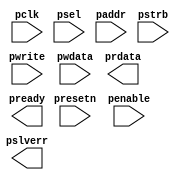
//==========================================================================================================================
//  @File Name  :  /home/haoran/.vim/temp/verilog_temp.v
//  @File Type  :  verilog
//  @Author     :  Howard
//  @E-mail     :  qinfen1127@163.com
//  @Date       :  2024-05-30
//  @Function   :  
//==========================================================================================================================

//---------------------------------------------------------------------------------------------------------------------
// APB4 Slave interface
//---------------------------------------------------------------------------------------------------------------------
module apb4_slave #(
  parameter ADDRWIDTH = 12
)(
  input  wire                    pclk      , // pclk
  input  wire                    presetn   , // reset

  input  wire                    psel      , // apb4 slave select
  input  wire [ADDRWIDTH-1:0]    paddr     , // apb4 address
  input  wire                    penable   , // apb4 enable
  input  wire                    pwrite    , // apb4 1-write  0-read
  input  wire [31:0]             pwdata    , // apb4 write data
  input  wire [3:0]              pstrb     , // apb4 write data byte enable

  output reg [31:0]              prdata    , // apb4 read data
  output reg                     pready    , // apb4 slave ready
  output wire                    pslverr     // apb4 slave error occurr
);

endmodule

//---------------------------------------------------------------------------------------------------------------------
// APB4 Master interface
//---------------------------------------------------------------------------------------------------------------------
module apb4_master #(
  parameter ADDRWIDTH = 12
)(
  input  wire                    pclk      , // pclk
  input  wire                    presetn   , // reset

  output reg                     psel      , // apb4 slave select
  output reg  [ADDRWIDTH-1:0]    paddr     , // apb4 address
  output reg                     penable   , // apb4 enable
  output reg                     pwrite    , // apb4 1-write  0-read
  output reg  [31:0]             pwdata    , // apb4 write data
  output reg  [3:0]              pstrb     , // apb4 write data byte enable

  input  wire[31:0]              prdata    , // apb4 read data
  input  wire                    pready    , // apb4 slave ready
  input  wire                    pslverr     // apb4 slave error occurr
);

endmodule